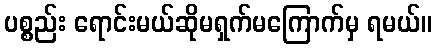
ပစ္စည်း ရောင်းမယ်ဆိုမရှက်မကြောက်မှ ရမယ်။